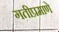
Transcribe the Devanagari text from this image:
गतीप्रमाणे